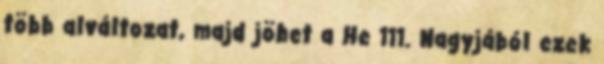
több alváltozat, majd jöhet a He 111. Nagyjából ezek